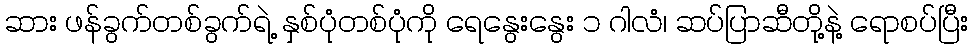
ဆား ဖန်ခွက်တစ်ခွက်ရဲ့ နှစ်ပုံတစ်ပုံကို ရေနွေးနွေး ၁ ဂါလံ၊ ဆပ်ပြာဆီတို့နဲ့ ရောစပ်ပြီး